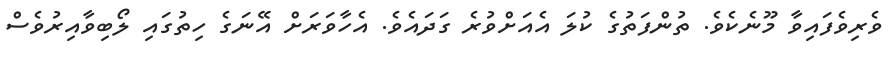
ވެރިވެފައިވާ މޫނެކެވެ. ތުންފަތުގެ ކުލަ އެއަށްވުރެ ގަދައެވެ. އެހާވަރަށް އޭނަގެ ހިތުގައި ލޯބިވާއިރުވެސް